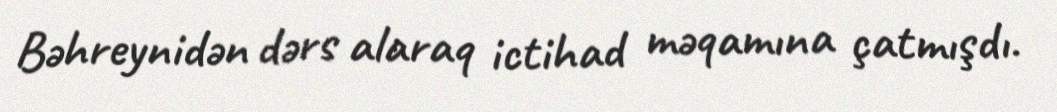
Bəhreynidən dərs alaraq ictihad məqamına çatmışdı.